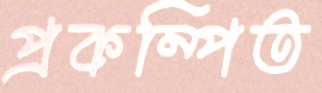
প্রকম্পিত